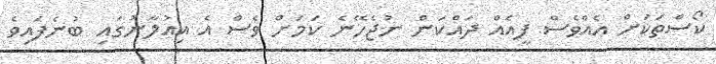
ކޯސްތަކަށް އެއްވެސް ފީއެއް ދައްކަން ނުޖެހޭނެ ކަމަށް ވެސް އެ އިއުލާނުގައި ބުނެފައިވެ